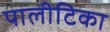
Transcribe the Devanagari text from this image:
पालीटिका